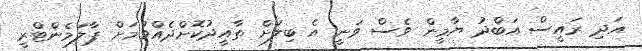
އަދި ރައީސް އަބްދު ޔާމީން ވެސް ވަނީ އެ ބިލަށް ތާއީދުކޮށްދެއްވުމަށް ޕާލަމެންޓްރީ